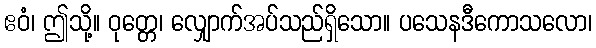
ဧဝံ၊ ဤသို့။ ဝုတ္တေ၊ လျှောက်အပ်သည်ရှိသော။ ပသေနဒီကောသလော၊